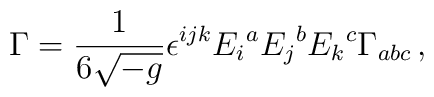
\Gamma = {1\over 6\sqrt{-g}}\epsilon^{ijk} E_i{}^a E_j{}^b E_k{}^c\Gamma_{abc}\, ,